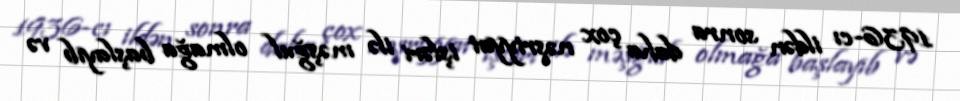
1936-cı ildən sonra daha çox nəşriyyat işləri ilə məşğul olmağa başlayıb və